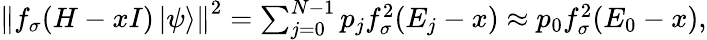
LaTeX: \begin{array}{r}{\left\| f_{\sigma}(H-xI)\left|\psi\right\rangle\right\| ^{2}=\sum_{j=0}^{N-1}p_{j}f_{\sigma}^{2}(E_{j}-x)\approx p_{0}f_{\sigma}^{2}(E_{0}-x),}\end{array}